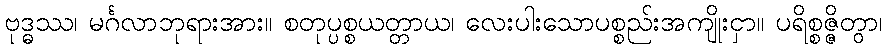
ဗုဒ္ဓဿ၊ မင်္ဂလာဘုရားအား။ စတုပ္ပစ္စယတ္တာယ၊ လေးပါးသောပစ္စည်းအကျိုးငှာ။ ပရိစ္စဇ္ဇိတွာ၊